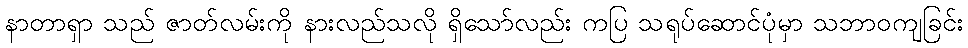
နာတာရှာ သည် ဇာတ်လမ်းကို နားလည်သလို ရှိသော်လည်း ကပြ သရုပ်ဆောင်ပုံမှာ သဘာဝကျခြင်း